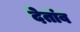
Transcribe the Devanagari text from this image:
देतांव